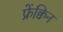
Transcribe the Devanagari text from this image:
फ्रेंक्विन